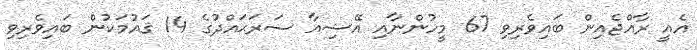
އެއީ ރާއްޖެއިން ބައިވެރިވި 67 މީހުންނާއި އޭޝިއާ ސަރަޙައްދުގެ 14 ޤައުމަކުން ބައިވެރިވި